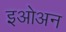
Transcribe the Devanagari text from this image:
इओअन